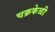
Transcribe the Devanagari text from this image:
चक्रकेळी